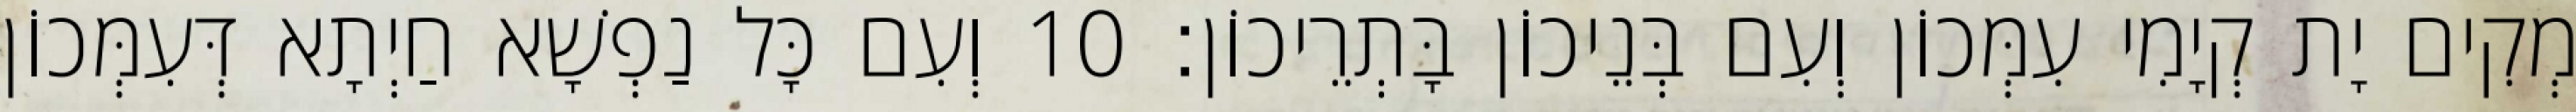
מְקִים יָת קְיָמִי עִמְּכוֹן וְעִם בְּנֵיכוֹן בָּתְרֵיכוֹן׃ 10 וְעִם כָּל נַפְשָׁא חַיְתָא דְּעִמְּכוֹן